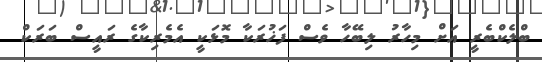
ބްލެކްބެރީ އަށް މިހާރު ލިބޭހާ ވެސް ފަޚުރަކާ މޮޅަކީ އެމެރިކާގެ ރައީސް ބަރަކް